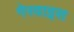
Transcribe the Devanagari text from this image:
गेरवाइस